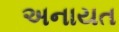
અનાયત